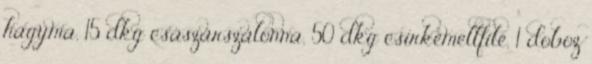
hagyma, 15 dkg császárszalonna, 50 dkg csirkemellfilé, 1 doboz